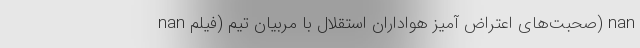
nan صحبت‌های اعتراض آمیز هواداران استقلال با مربیان تیم (فیلم) nan